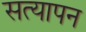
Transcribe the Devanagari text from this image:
सत्‍यापन